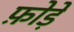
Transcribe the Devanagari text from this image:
फ़ोड़े